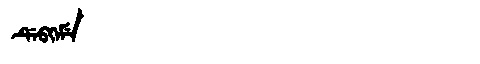
Manchu: ᡩᡝᠪᡴᡝᠮᡝ
Romanization: DEBKEME